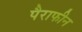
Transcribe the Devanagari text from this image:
पैराफीन